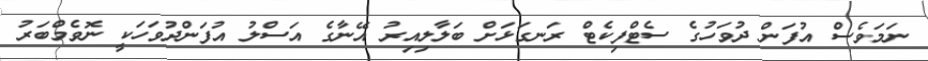
ނަމަވެސް އުފަން ދުވަހުގެ ސެޓްފިކެޓް ރަނގަޅަށް ބަލާލިއިރު އޭނާގެ އަސްލު އުފަންދުވަހަކީ ނޮވެމްބަރު